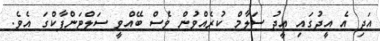
އަދި އެ އީދުގައި އީދު ސަލާމް ކުރެއްވުން ވެސް ބޭއްވީ ސަލްޓަންޕާކްގަ އެވެ.